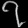
Digit: ၇